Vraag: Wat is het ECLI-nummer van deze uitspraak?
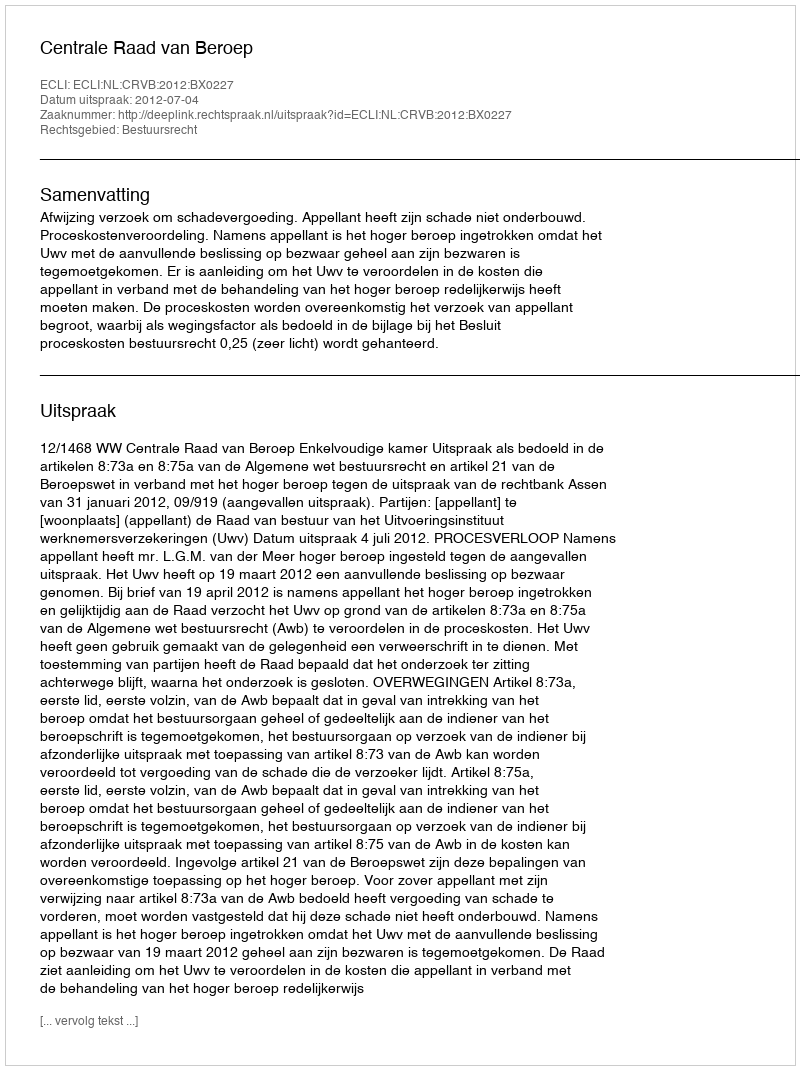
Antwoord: ECLI:NL:CRVB:2012:BX0227